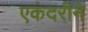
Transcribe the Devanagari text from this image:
एकंदरीने